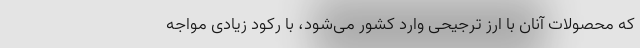
که محصولات آنان با ارز ترجیحی وارد کشور می‌شود، با رکود زیادی مواجه